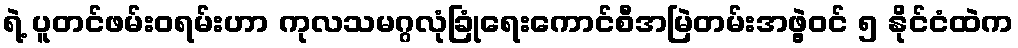
ရဲ့ ပူတင်ဖမ်း၀ရမ်းဟာ ကုလသမဂ္ဂလုံခြုံရေးကောင်စီအမြဲတမ်းအဖွဲ့ဝင် ၅ နိုင်ငံထဲက